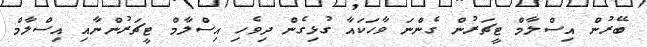
ބޭރުން އިސްލާމް ޓީޗަރުން ގެންނަ ވާހަކައާ ގުޅިގެން ދިވެހި އިސްލާމް ޓީޗަރުންނާއި އިސްލާމް